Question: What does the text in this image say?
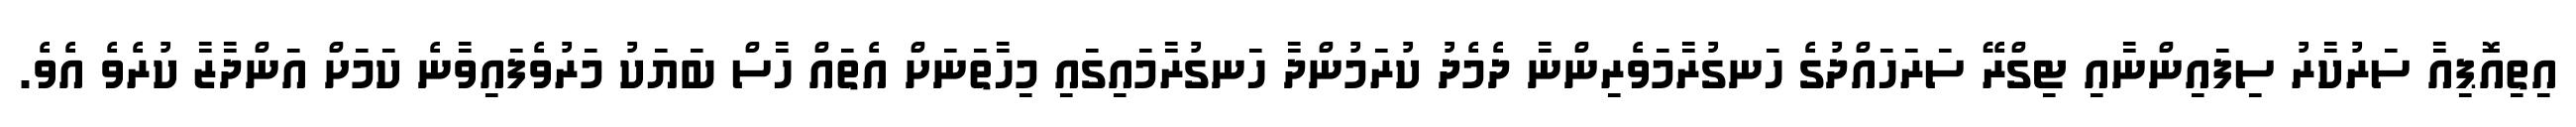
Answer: އިތިއޮޕިއާ ސަރުކާރު ސިފައިންނާއި ޓިގްރޭ ސަރަހައްދުގެ ހަނގުރާމަވެރިންނާ ދެމެދު ކުރަމުންދާ ހަނގުރާމައިގައި މިހާތަނަށް އެތައް ހާސް ބަޔަކު މަރުވެފައިވާނެ ކަމަށް އަންދާޒާ ކުރެވެ އެވެ.